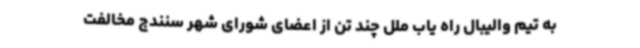
به تیم والیبال راه یاب ملل چند تن از اعضای شورای شهر سنندج مخالفت